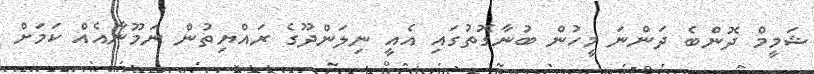
ޝަމީމް ދޮންބެ ދަންނަ މީހުން ބުނާގޮތުގައި އެއީ ނިލަންދޫގެ ރައްޔިތުން ނަމޫނާއެއް ކަމަށް